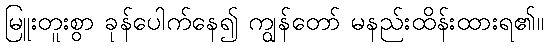
မြူးတူးစွာ ခုန်ပေါက်နေ၍ ကျွန်တော် မနည်းထိန်းထားရ၏။